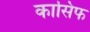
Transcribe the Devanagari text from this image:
कासिफ